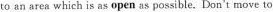
to an area which is as open as possible. Don't move to